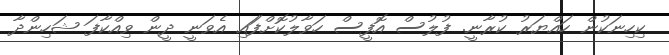
ކިހިނަކުން ހައްޔަރު ކުރާނީ. ފުލުސް އޮފީސް ހަވާލުކޮށްފަަައި އެވަނީ ދީން ވިއްކާފަ ޝަހިންދާ